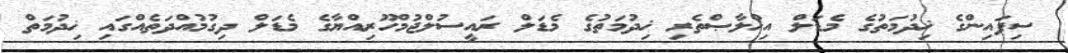
ސިފައިންގެ ޚިދުމަތުގެ މެޑަލް އިޚްލާޞްތެރި ޚިދުމަތުގެ މެޑަލް ރައީސުލްޖުމްހޫރިއްޔާގެ މެޑަލް ދިގުމުއްދަތެއްގައި ޚިދުމަތް